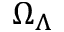
\Omega _ { \Lambda }